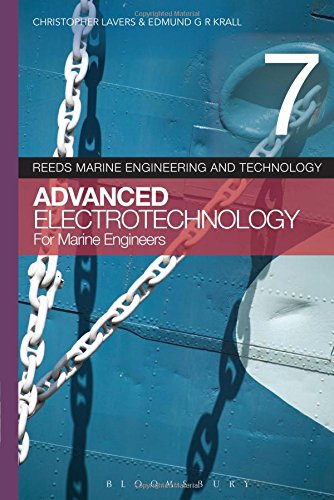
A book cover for Reeds Vol 7: Advanced Electrotechnology for Marine Engineers (Reed's Marine Engineering and Technology); Christopher Lavers; Engineering & Transportation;